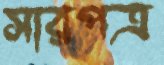
সারপত্র